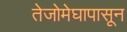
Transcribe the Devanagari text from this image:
तेजोमेघापासून